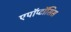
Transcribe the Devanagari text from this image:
एपॉप्टॉसिस